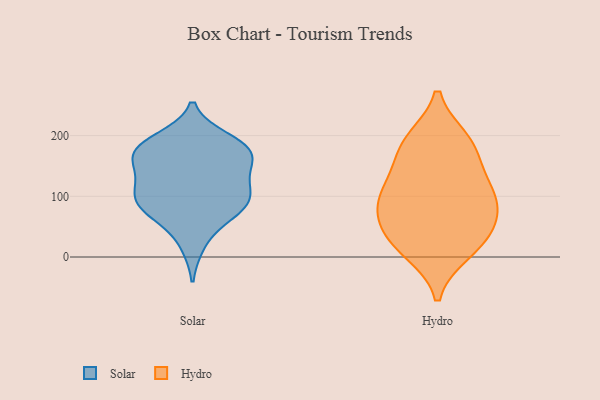
{"axis": {"x": "Tickets Resolved", "y": "Value"}, "legend": ["Hydro", "Solar"], "data": [{"x": "", "y": 162, "type": "Solar"}, {"x": "", "y": 87, "type": "Solar"}, {"x": "", "y": 96, "type": "Solar"}, {"x": "", "y": 21, "type": "Solar"}, {"x": "", "y": 193, "type": "Solar"}, {"x": "", "y": 178, "type": "Solar"}, {"x": "", "y": 111, "type": "Solar"}, {"x": "", "y": 154, "type": "Solar"}, {"x": "", "y": 125, "type": "Solar"}, {"x": "", "y": 180, "type": "Solar"}, {"x": "", "y": 121, "type": "Solar"}, {"x": "", "y": 86, "type": "Solar"}, {"x": "", "y": 168, "type": "Solar"}, {"x": "", "y": 70, "type": "Solar"}, {"x": "", "y": 182, "type": "Solar"}, {"x": "", "y": 74, "type": "Solar"}, {"x": "", "y": 10, "type": "Hydro"}, {"x": "", "y": 179, "type": "Hydro"}, {"x": "", "y": 71, "type": "Hydro"}, {"x": "", "y": 119, "type": "Hydro"}, {"x": "", "y": 94, "type": "Hydro"}, {"x": "", "y": 91, "type": "Hydro"}, {"x": "", "y": 183, "type": "Hydro"}, {"x": "", "y": 57, "type": "Hydro"}, {"x": "", "y": 191, "type": "Hydro"}, {"x": "", "y": 26, "type": "Hydro"}, {"x": "", "y": 121, "type": "Hydro"}, {"x": "", "y": 26, "type": "Hydro"}]}